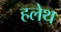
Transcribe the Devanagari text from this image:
हलेथ